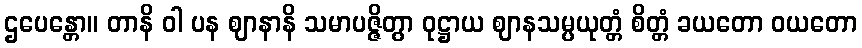
ဌပေန္တော။ တာနိ ဝါ ပန ဈာနာနိ သမာပဇ္ဇိတွာ ဝုဋ္ဌာယ ဈာနသမ္ပယုတ္တံ စိတ္တံ ခယတော ဝယတော